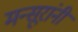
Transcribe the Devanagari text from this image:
मन्सूरांनी